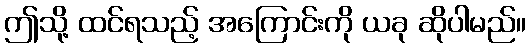
ဤသို့ ထင်ရသည့် အကြောင်းကို ယခု ဆိုပါမည်။